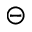
\circleddash